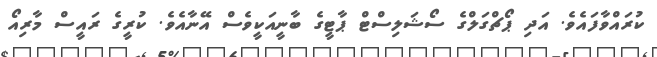
ކުރައްވާފައެވެ. އަދި ޕޯޗްގަލްގެ ސޯޝަލިސްޓް ޕާޓީގެ ބާނީއަކީވެސް އޭނާއެވެ. ކުރީގެ ރައީސް މާރިއޯ